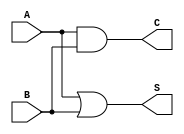
module threshold_half_adder (
    input wire A,  // First binary input
    input wire B,  // Second binary input
    output wire S, // Sum output
    output wire C  // Carry output
);

// Threshold logic for sum output
assign S = A | B; // S is 1 if A + B >= 1

// Threshold logic for carry output
assign C = A & B; // C is 1 if A + B >= 2

endmodule